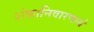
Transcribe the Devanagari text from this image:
शंकानिवारणार्थ